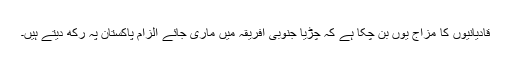
قادیانیوں کا مزاج یوں بن چکا ہے کہ چڑیا جنوبی افریقہ میں ماری جائے الزام پاکستان پہ رکھ دیتے ہیں۔